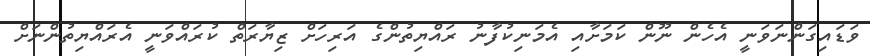
ވަޑައިގަންނަވަނީ އެހެން ނޫން ކަމަށާއި އެމަނިކުފާނު ރައްޔިތުންގެ އަރިހަށް ޒިޔާރަތް ކުރައްވަނީ އެރައްޔިތުންނަށް